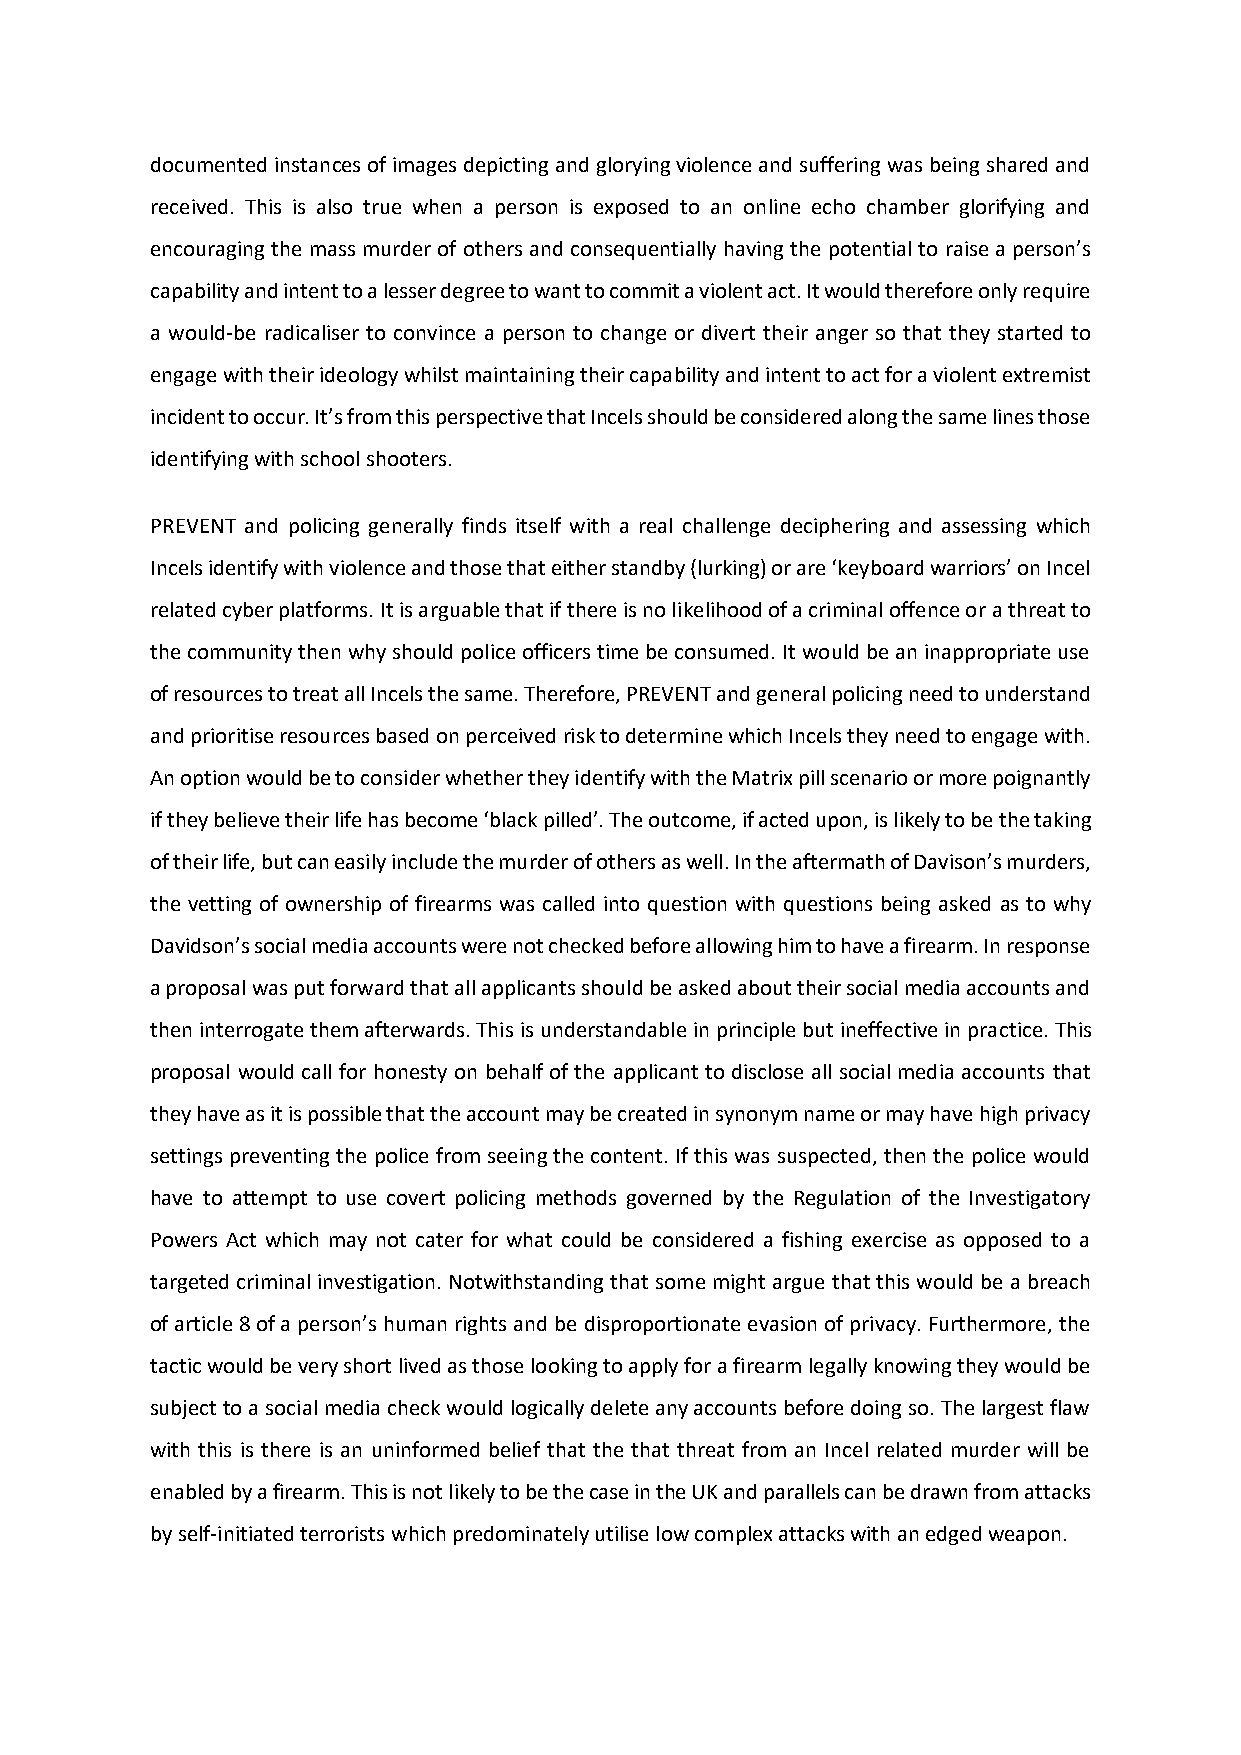
documented instances of images depicting and glorying violence and suffering was being shared and
 received. This is also true when a person is exposed to an online echo chamber glorifying and
 encouraging the mass murder of others and consequentially having the potential to raise a person’s
 capability and intent to a lesser degree to want to commit a violent act. It would therefore only require
 a would-be radicaliser to convince a person to change or divert their anger so that they started to
 engage with their ideology whilst maintaining their capability and intent to act for a violent extremist
 incident to occur. It’s from this perspective that Incels should be considered along the same lines those
 identifying with school shooters.
 PREVENT and policing generally finds itself with a real challenge deciphering and assessing which
 Incels identify with violence and those that either standby (lurking) or are ‘keyboard warriors’ on Incel
 related cyber platforms. It is arguable that if there is no likelihood of a criminal offence or a threat to
 the community then why should police officers time be consumed. It would be an inappropriate use
 of resources to treat all Incels the same. Therefore, PREVENT and general policing need to understand
 and prioritise resources based on perceived risk to determine which Incels they need to engage with.
 An option would be to consider whether they identify with the Matrix pill scenario or more poignantly
 if they believe their life has become ‘black pilled’. The outcome, if acted upon, is likely to be the taking
 of their life, but can easily include the murder of others as well. In the aftermath of Davison’s murders,
 the vetting of ownership of firearms was called into question with questions being asked as to why
 Davidson’s social media accounts were not checked before allowing him to have a firearm. In response
 a proposal was put forward that all applicants should be asked about their social media accounts and
 then interrogate them afterwards. This is understandable in principle but ineffective in practice. This
 proposal would call for honesty on behalf of the applicant to disclose all social media accounts that
 they have as it is possible that the account may be created in synonym name or may have high privacy
 settings preventing the police from seeing the content. If this was suspected, then the police would
 have to attempt to use covert policing methods governed by the Regulation of the Investigatory
 Powers Act which may not cater for what could be considered a fishing exercise as opposed to a
 targeted criminal investigation. Notwithstanding that some might argue that this would be a breach
 of article 8 of a person’s human rights and be disproportionate evasion of privacy. Furthermore, the
 tactic would be very short lived as those looking to apply for a firearm legally knowing they would be
 subject to a social media check would logically delete any accounts before doing so. The largest flaw
 with this is there is an uninformed belief that the that threat from an Incel related murder will be
 enabled by a firearm. This is not likely to be the case in the UK and parallels can be drawn from attacks
 by self-initiated terrorists which predominately utilise low complex attacks with an edged weapon.